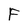
Character: F